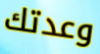
وعدتك